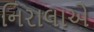
નિરાલાએ